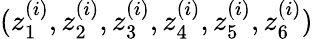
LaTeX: (z_{1}^{(i)},z_{2}^{(i)},z_{3}^{(i)},z_{4}^{(i)},z_{5}^{(i)},z_{6}^{(i)})